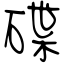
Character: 碟